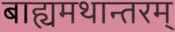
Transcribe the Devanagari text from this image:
बाह्यमथान्तरम्